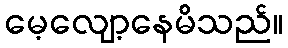
မေ့လျော့နေမိသည်။